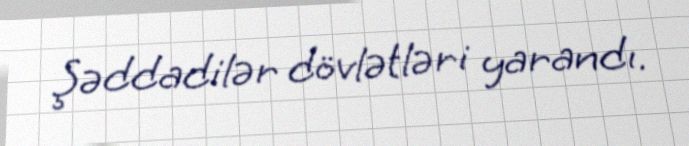
Şəddadilər dövlətləri yarandı.